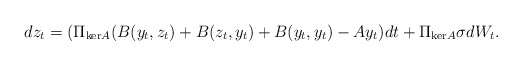
\begin{align*}dz_t = (\Pi_{\mathrm{ker}A}(B(y_t,z_t) + B(z_t,y_t) + B(y_t,y_t)-Ay_t)dt + \Pi_{\mathrm{ker}A}\sigma dW_t. \end{align*}